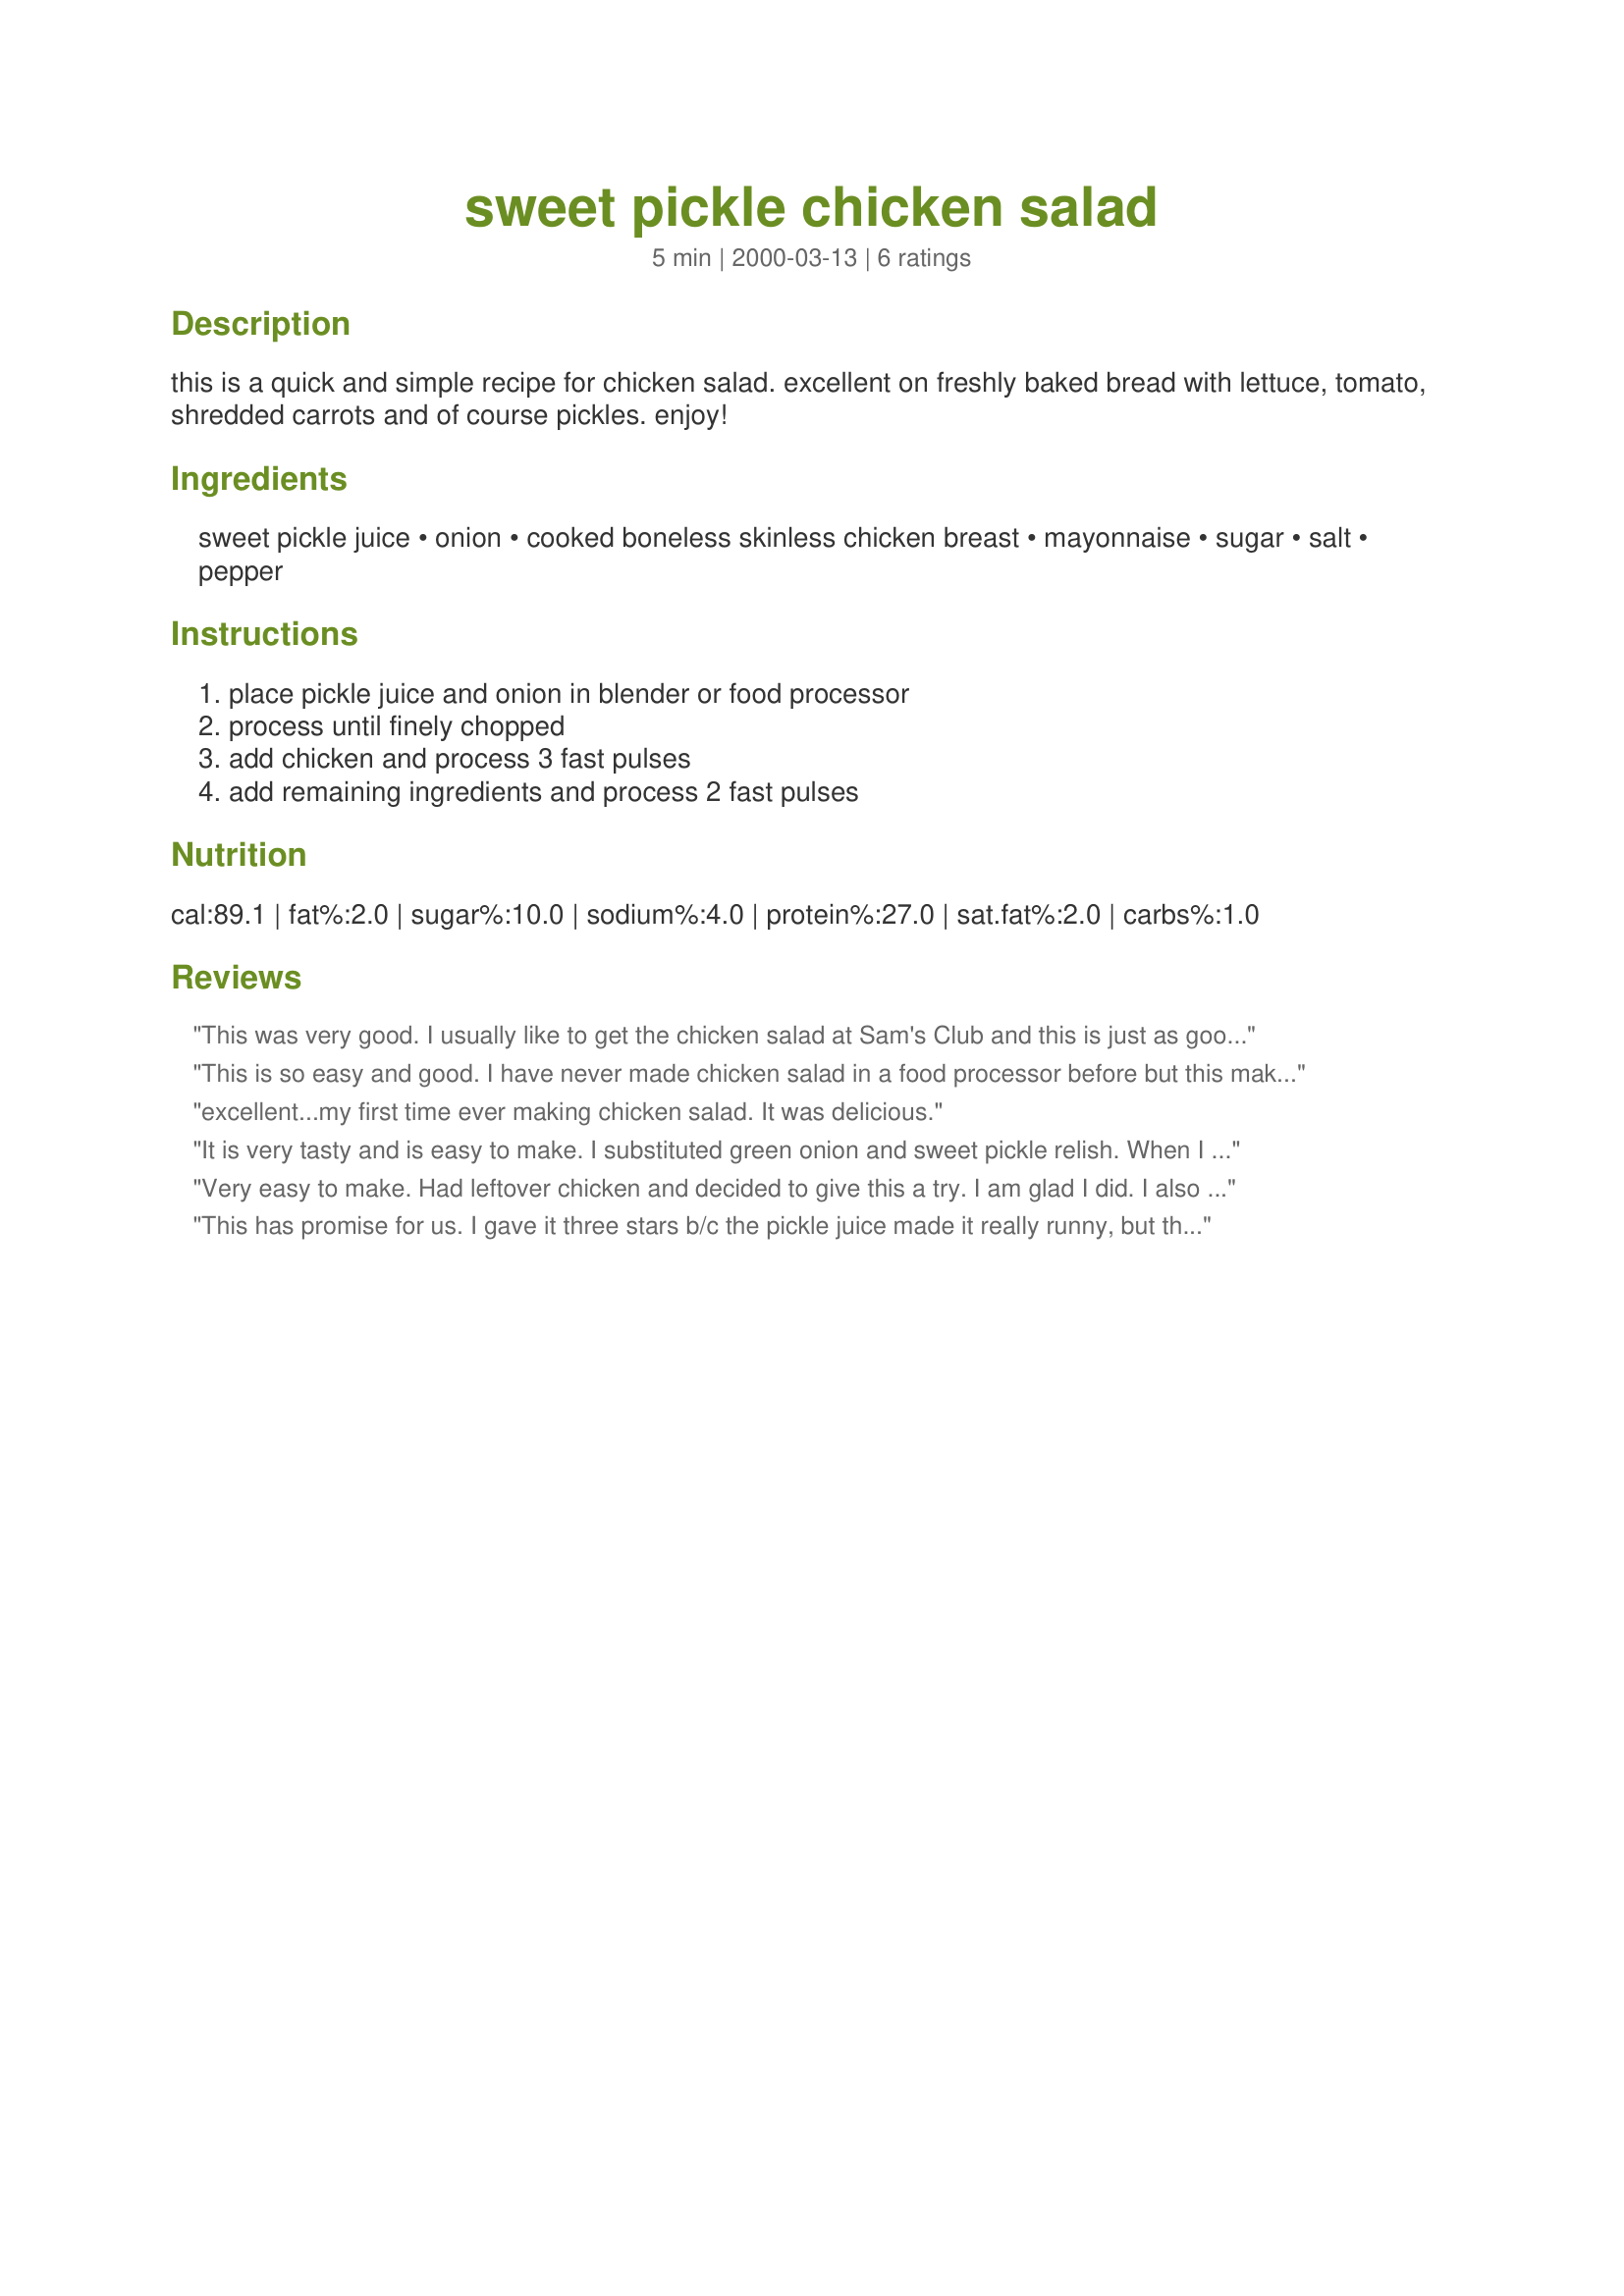
sweet pickle chicken salad
Preparation time: 5 minutes

this is a quick and simple recipe for chicken salad. excellent on freshly baked bread with lettuce, tomato, shredded carrots and of course pickles. enjoy!

Ingredients:
sweet pickle juice, onion, cooked boneless skinless chicken breast, mayonnaise, sugar, salt, pepper

Steps:
place pickle juice and onion in blender or food processor, process until finely chopped, add chicken and process 3 fast pulses, add remaining ingredients and process 2 fast pulses

Reviews:
This was very good. I usually like to get the chicken salad at Sam's Club and this is just as good as that. Plus it cost alot less to make it myself too! :D
This is so easy and good. I have never made chicken salad in a food processor before but this makes great sandwich filling and would be very easy to doctor it up by adding more spices. Next time I may add some celery seeds and a bit more pepper. Thanks for posting this easy keeper recipe.
excellent...my first time ever making chicken salad. It was delicious.
It is very tasty and is easy to make. I substituted green onion and sweet pickle relish. When I chopped it in the blender it turned out in a paste like consistency. I gave my husband a taste and he decided to have it for dinner :)
Very easy to make. Had leftover chicken and decided to give this a try. I am glad I did.

I also used sweet pickle relish instead of pickle juice. I like the chunkiness of the pickle pieces.

I can see this being used to stuff eggs for a chicken salad deviled egg dish.

I will be having this for many lunches in the future.

Thanks for posting this recipe!!
This has promise for us. I gave it three stars b/c the pickle juice made it really runny, but the flavour was excellent. It could have had the same flavour with less pickle juice and more pickle chunks.<br/><br/>I used sweet pickle juice, but also added coarsely chopped pickle chunks. I prefer a chunkier chicken salad and processed it too long in my FP. Next time I will pulse or just pull apart on my own. <br/><br/>Very tasty and will make again with a few adjustments. Nothing flavour-wise - all for texture.
